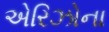
એરિઝોના